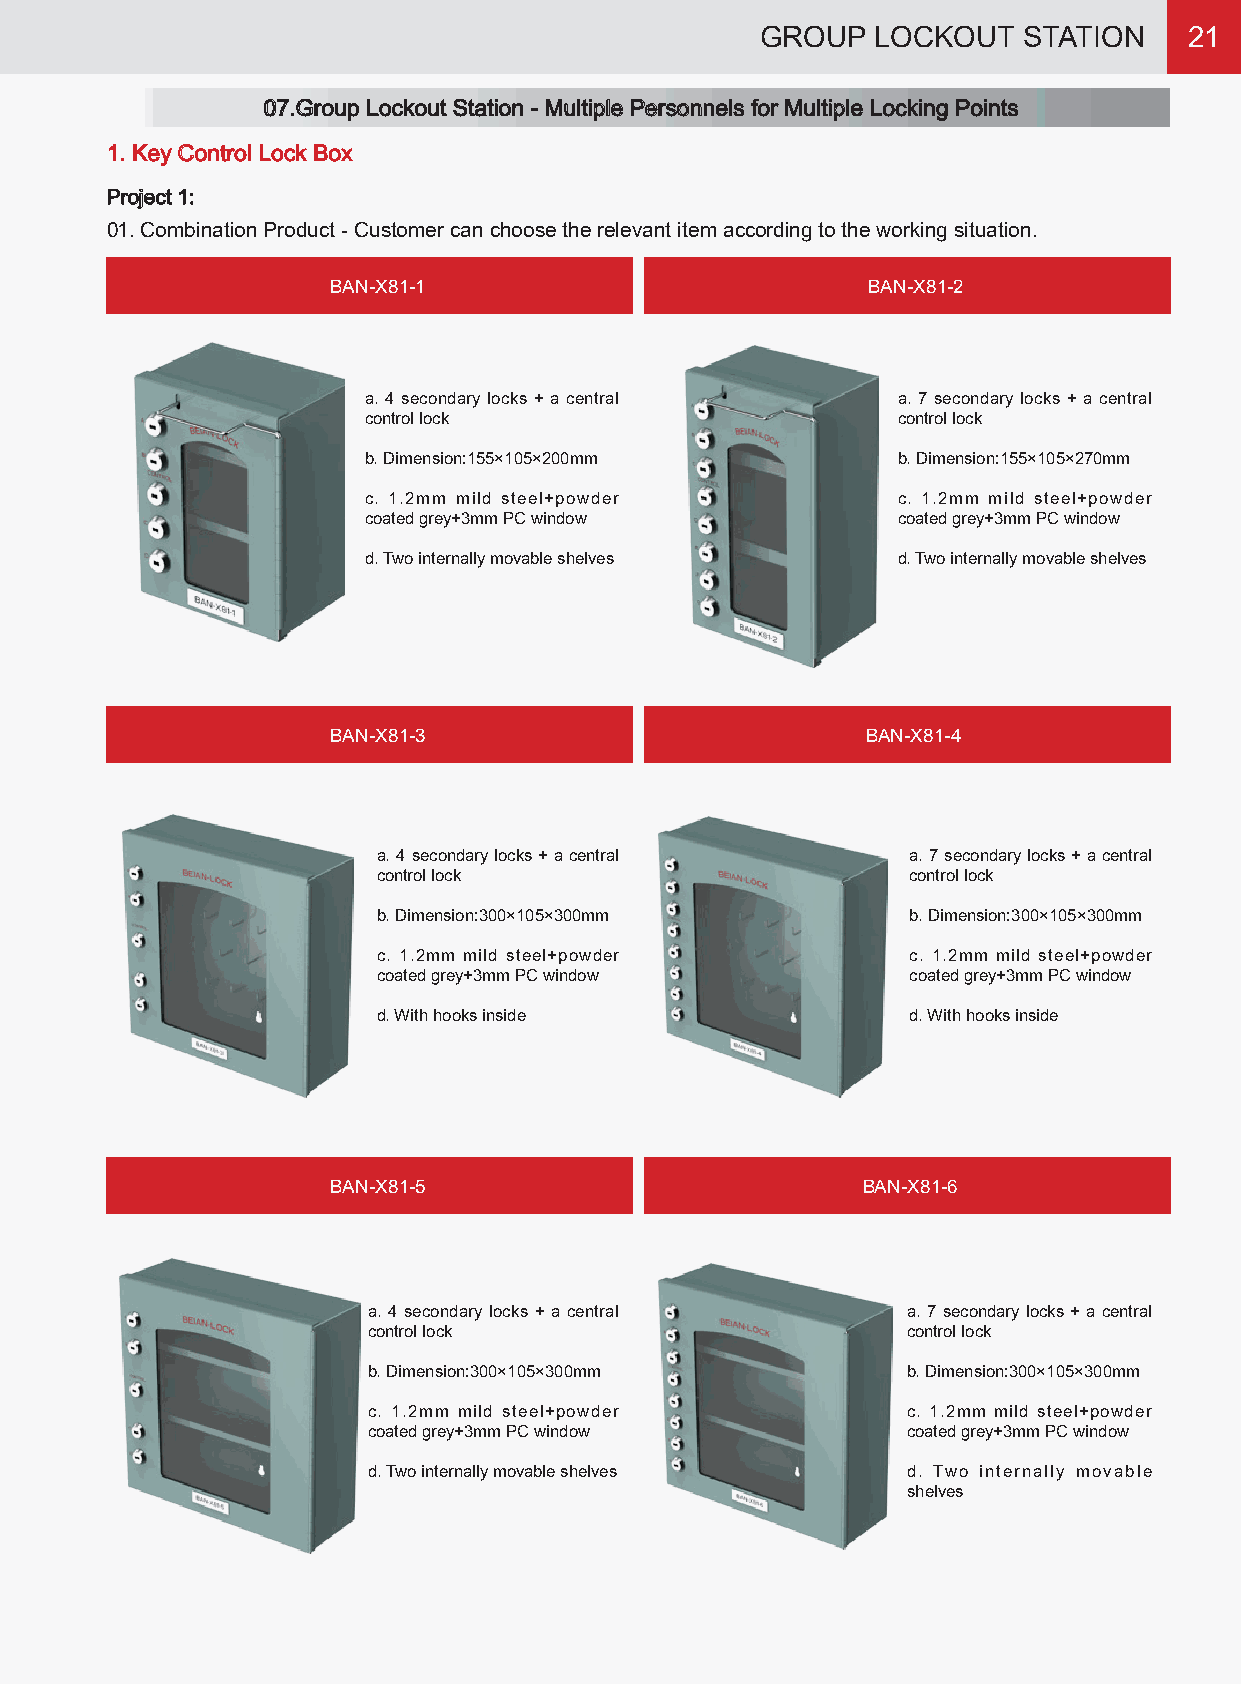
GROUP   LOCKOUT   STATION    21
 07.Group Lockout Station - Multiple Personnels for Multiple Locking Points
 1. Key Control Lock Box
 Project 1:
 01. Combination Product - Customer can choose the relevant item according to the working situation.
 BAN-X81-1                          BAN-X81-2
 a. 4 secondary locks + a central   a. 7 secondary locks + a central
 control lock                       control lock
 b. Dimension:155×105×200mm         b. Dimension:155×105×270mm
 c. 1.2mm mild steel+powder         c. 1.2mm mild steel+powder
 coated grey+3mm PC window          coated grey+3mm PC window
 d. Two internally movable shelves  d. Two internally movable shelves
 BAN-X81-3                          BAN-X81-4
 a. 4 secondary locks + a central   a. 7 secondary locks + a central
 control lock                       control lock
 b. Dimension:300×105×300mm         b. Dimension:300×105×300mm
 c. 1.2mm mild steel+powder         c. 1.2mm mild steel+powder
 coated grey+3mm PC window          coated grey+3mm PC window
 d. With hooks inside               d. With hooks inside
 BAN-X81-5                          BAN-X81-6
 a. 4 secondary locks + a central    a. 7 secondary locks + a central
 control lock                        control lock
 b. Dimension:300×105×300mm          b. Dimension:300×105×300mm
 c. 1.2mm mild steel+powder          c. 1.2mm mild steel+powder
 coated grey+3mm PC window           coated grey+3mm PC window
 d. Two internally movable shelves   d. Two internally movable
 shelves